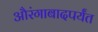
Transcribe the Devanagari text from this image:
औरंगाबादपर्यंत